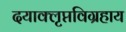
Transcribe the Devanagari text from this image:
दयाक्लृप्तविग्रहाय